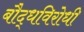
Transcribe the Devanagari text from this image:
बौद्धविरोधी